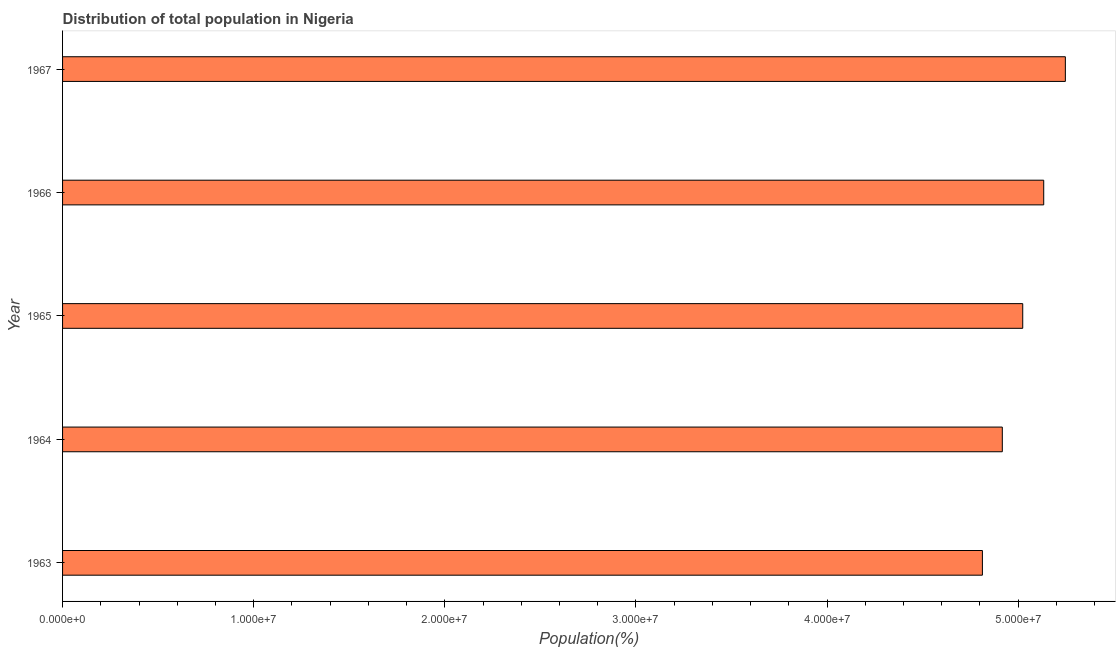
| Year | Total |
 | --- | --- |
 | 1963 | 4.81e+07 |
 | 1964 | 4.92e+07 |
 | 1965 | 5.02e+07 |
 | 1966 | 5.13e+07 |
 | 1967 | 5.25e+07 |